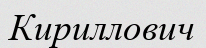
Кириллович